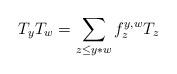
LaTeX: \begin{align*}T_yT_w=\sum_{z\leq y*w}f^{y,w}_{z}T_{z}\end{align*}